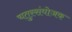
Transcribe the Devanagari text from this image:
चतुस्संयोजक